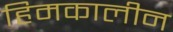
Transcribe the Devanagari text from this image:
हिमकालीन